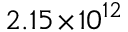
2 . 1 5 \! \times \! 1 0 ^ { 1 2 }